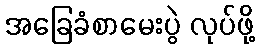
အခြေခံစာမေးပွဲ လုပ်ဖို့